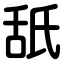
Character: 舐